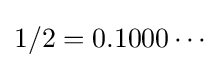
1/2=0.1000\cdots